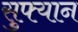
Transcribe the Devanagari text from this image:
सुफ्यान